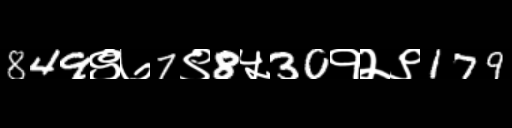
Text: 849९७7९8५30१२९179